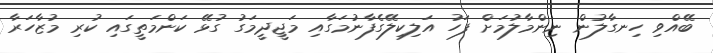
ބޭއްވި ހިނގާލުން ނިންމާލުމަށް ފަހު އަލިކިލޭގެފާނުމަގާއި މަޖީދީމަގު ގުޅޭ ކަންމަތީގައި ކުރި މުޒާހަރާ